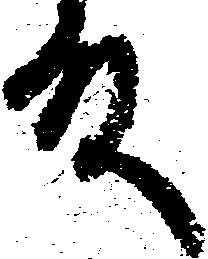
殿